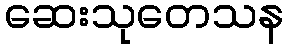
ဆေးသုတေသန